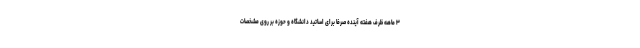
۳ ماهه ظرف هفته آینده صرفا برای اساتید دانشگاه و حوزه بر روی مشخصات